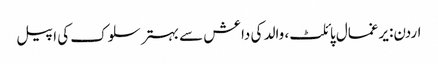
اردن: یرغمال پائلٹ، والد کی داعش سے بہتر سلوک کی اپیل